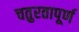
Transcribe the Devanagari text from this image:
चतुरतापूर्ण